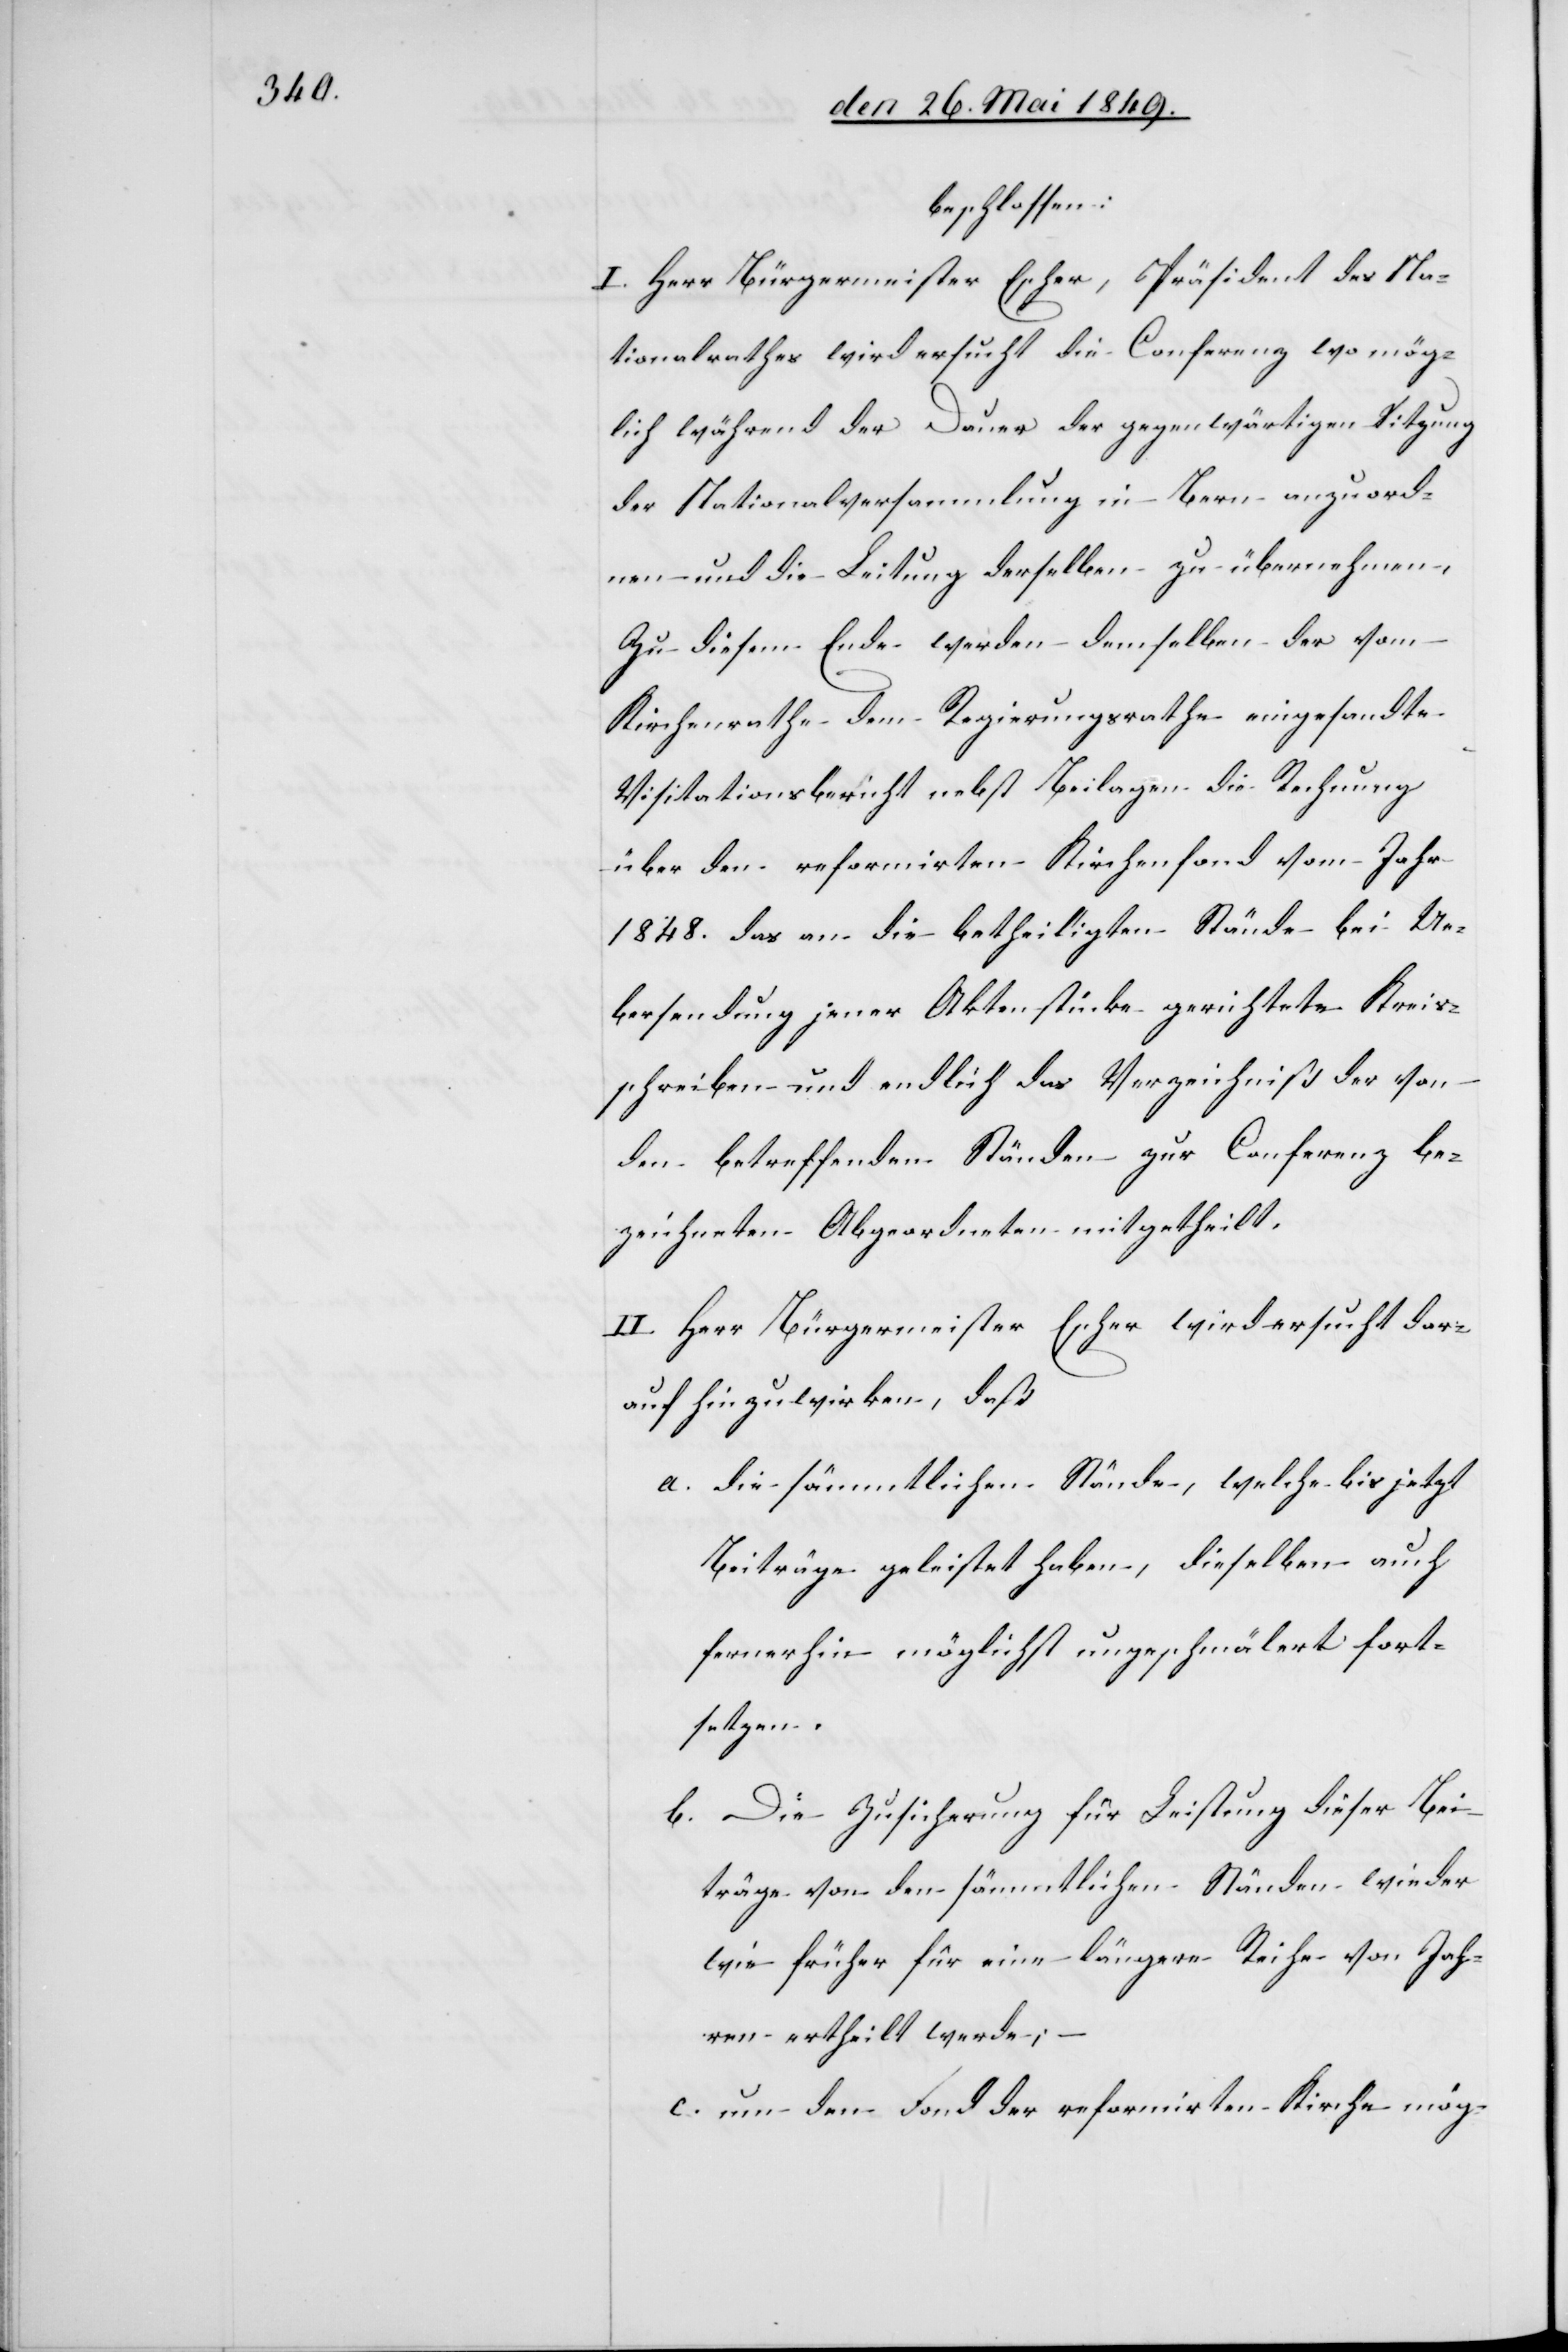
beschlossen:
I. Herr Bürgermeister Escher, Präsident des Na¬
tionalrathes wird ersucht die Conferenz wo mög¬
lich während der Dauer der gegenwärtigen Sitzung
der Nationalversammlung in Bern anzuord¬
nen und die Leitung derselben zu übernehmen.
Zu diesem Ende werden demselben der vom
Kirchenrathe dem Regierungsrathe eingesandte
Visitationsbericht nebst Beilagen die Rechnung
über den reformirten Kirchenfond vom Jahr
1848. das an die betheiligten Stände bei Ue¬
bersendung jener Aktenstücke gerichtete Kreis¬
schreiben und endlich das Verzeichniß der von
den betreffenden Ständen zur Conferenz be¬
zeichneten Abgeordneten mitgetheilt.
II. Herr Bürgermeister Escher wird ersucht der
auf hinzuwirken, daß
a. die sämmtlichen Stände, welche bis jetzt
Beiträge geleistet haben, dieselben auch
fernerhin möglichst ungeschmälert fort¬
setzen.
b. Die Zusicherung für Leistung dieser Bei¬
träge von den sämmtlichen Ständen wieder
wie früher für eine längere Reihe von Jah¬
ren ertheilt werde;
c. um den Fond der reformirten Kirche mög-